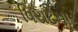
વિરાટના